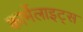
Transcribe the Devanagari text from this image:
कार्मेलाइट्स